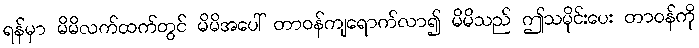
ရန်မှာ မိမိလက်ထက်တွင် မိမိအပေါ် တာဝန်ကျရောက်လာ၍ မိမိသည် ဤသမိုင်းပေး တာဝန်ကို